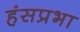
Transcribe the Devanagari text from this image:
हंसप्रभा